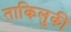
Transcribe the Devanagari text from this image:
ताकिलुकी